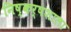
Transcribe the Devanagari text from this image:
निष्कर्षशाला